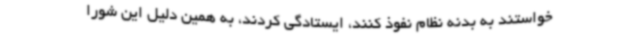
خواستند به بدنه نظام نفوذ کنند، ایستادگی کردند، به همین دلیل این شورا